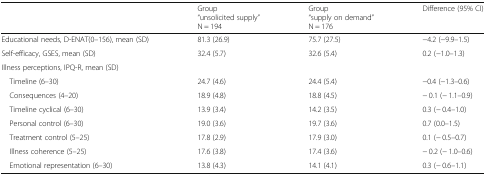
<table><thead><tr><td></td><td><b>Group“unsolicited supply”N = 194</b></td><td><b>Group“supply on demand”N = 176</b></td><td><b>Difference (95% CI)</b></td></tr></thead><tbody><tr><td>Educational needs, D-ENAT(0–156), mean (SD)</td><td>81.3 (26.9)</td><td>75.7 (27.5)</td><td>−4.2 (−9.9–1.5)</td></tr><tr><td>Self-efficacy, GSES, mean (SD)</td><td>32.4 (5.7)</td><td>32.6 (5.4)</td><td>0.2 (−1.0–1.3)</td></tr><tr><td colspan="4">Illness perceptions, IPQ-R, mean (SD)</td></tr><tr><td> Timeline (6–30)</td><td>24.7 (4.6)</td><td>24.4 (5.4)</td><td>−0.4 (−1.3–0.6)</td></tr><tr><td> Consequences (4–20)</td><td>18.9 (4.8)</td><td>18.8 (4.5)</td><td>− 0.1 (− 1.1–0.9)</td></tr><tr><td> Timeline cyclical (6–30)</td><td>13.9 (3.4)</td><td>14.2 (3.5)</td><td>0.3 (− 0.4–1.0)</td></tr><tr><td> Personal control (6–30)</td><td>19.0 (3.6)</td><td>19.7 (3.6)</td><td>0.7 (0.0–1.5)</td></tr><tr><td> Treatment control (5–25)</td><td>17.8 (2.9)</td><td>17.9 (3.0)</td><td>0.1 (− 0.5–0.7)</td></tr><tr><td> Illness coherence (5–25)</td><td>17.6 (3.8)</td><td>17.4 (3.6)</td><td>− 0.2 (− 1.0–0.6)</td></tr><tr><td> Emotional representation (6–30)</td><td>13.8 (4.3)</td><td>14.1 (4.1)</td><td>0.3 (− 0.6–1.1)</td></tr></tbody></table>